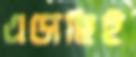
এসেছিই